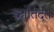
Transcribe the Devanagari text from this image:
क्रांतिदूत